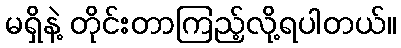
မရှိနဲ့ တိုင်းတာကြည့်လို့ရပါတယ်။